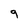
Character: 9